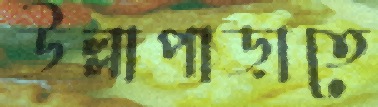
উল্লাপাড়াতে